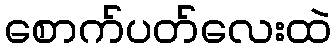
စောက်ပတ်လေးထဲ